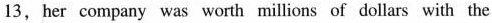
13,her company was worth millions of dollars with the